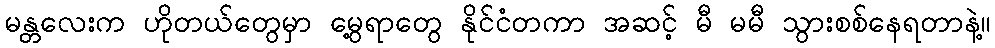
မန္တလေးက ဟိုတယ်တွေမှာ မွေ့ရာတွေ နိုင်ငံတကာ အဆင့် မီ မမီ သွားစစ်နေရတာနဲ့။